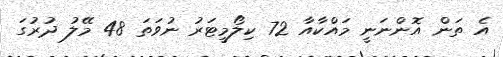
އެ ތަން އޮންނަނީ މައްކާއާ 72 ކިލޯމީޓަރު ނުވަތަ 48 މޭލު ދުރުގަ